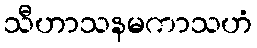
သီဟာသနမကာသဟံ